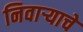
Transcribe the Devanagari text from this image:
निवाऱ्याचे